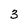
Character: 3